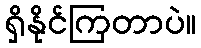
ရှိနိုင်ကြတာပဲ။